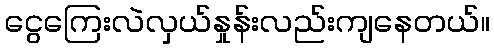
ငွေကြေးလဲလှယ်နှုန်းလည်းကျနေတယ်။